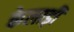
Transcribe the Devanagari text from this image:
केलाड़ी